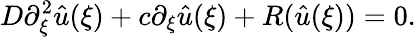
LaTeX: D\partial_{\xi}^{2}{\hat{u}}(\xi)+c\partial_{\xi}{\hat{u}}(\xi)+R({\hat{u}}(\xi))=0.